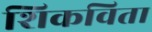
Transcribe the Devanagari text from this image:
शिकविता